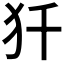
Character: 𰠾